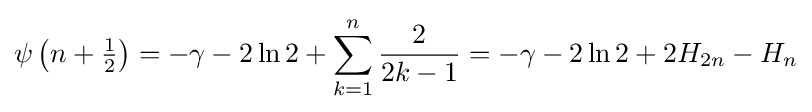
\psi \left(n+{\tfrac {1}{2}}\right)=-\gamma -2\ln 2+\sum _{k=1}^{n}{\frac {2}{2k-1}}=-\gamma -2\ln 2+2H_{2n}-H_{n}